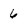
Character: 6